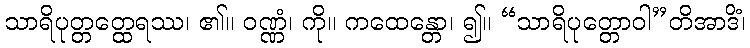
သာရိပုတ္တတ္ထေရဿ၊ ၏။ ဝဏ္ဏံ၊ ကို။ ကထေန္တော၊ ၍။ “သာရိပုတ္တောဝါ”တိအာဒိံ၊